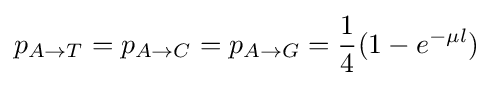
p_{A\rightarrow T}=p_{A\rightarrow C}=p_{A\rightarrow G}={\frac {1}{4}}(1-e^{-\mu l})